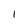
Character: 1